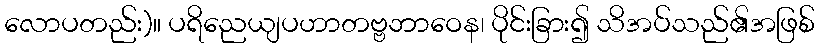
လောပတည်း)။ ပရိညေယျပဟာတဗ္ဗဘာဝေန၊ ပိုင်းခြား၍ သိအပ်သည်၏အဖြစ်